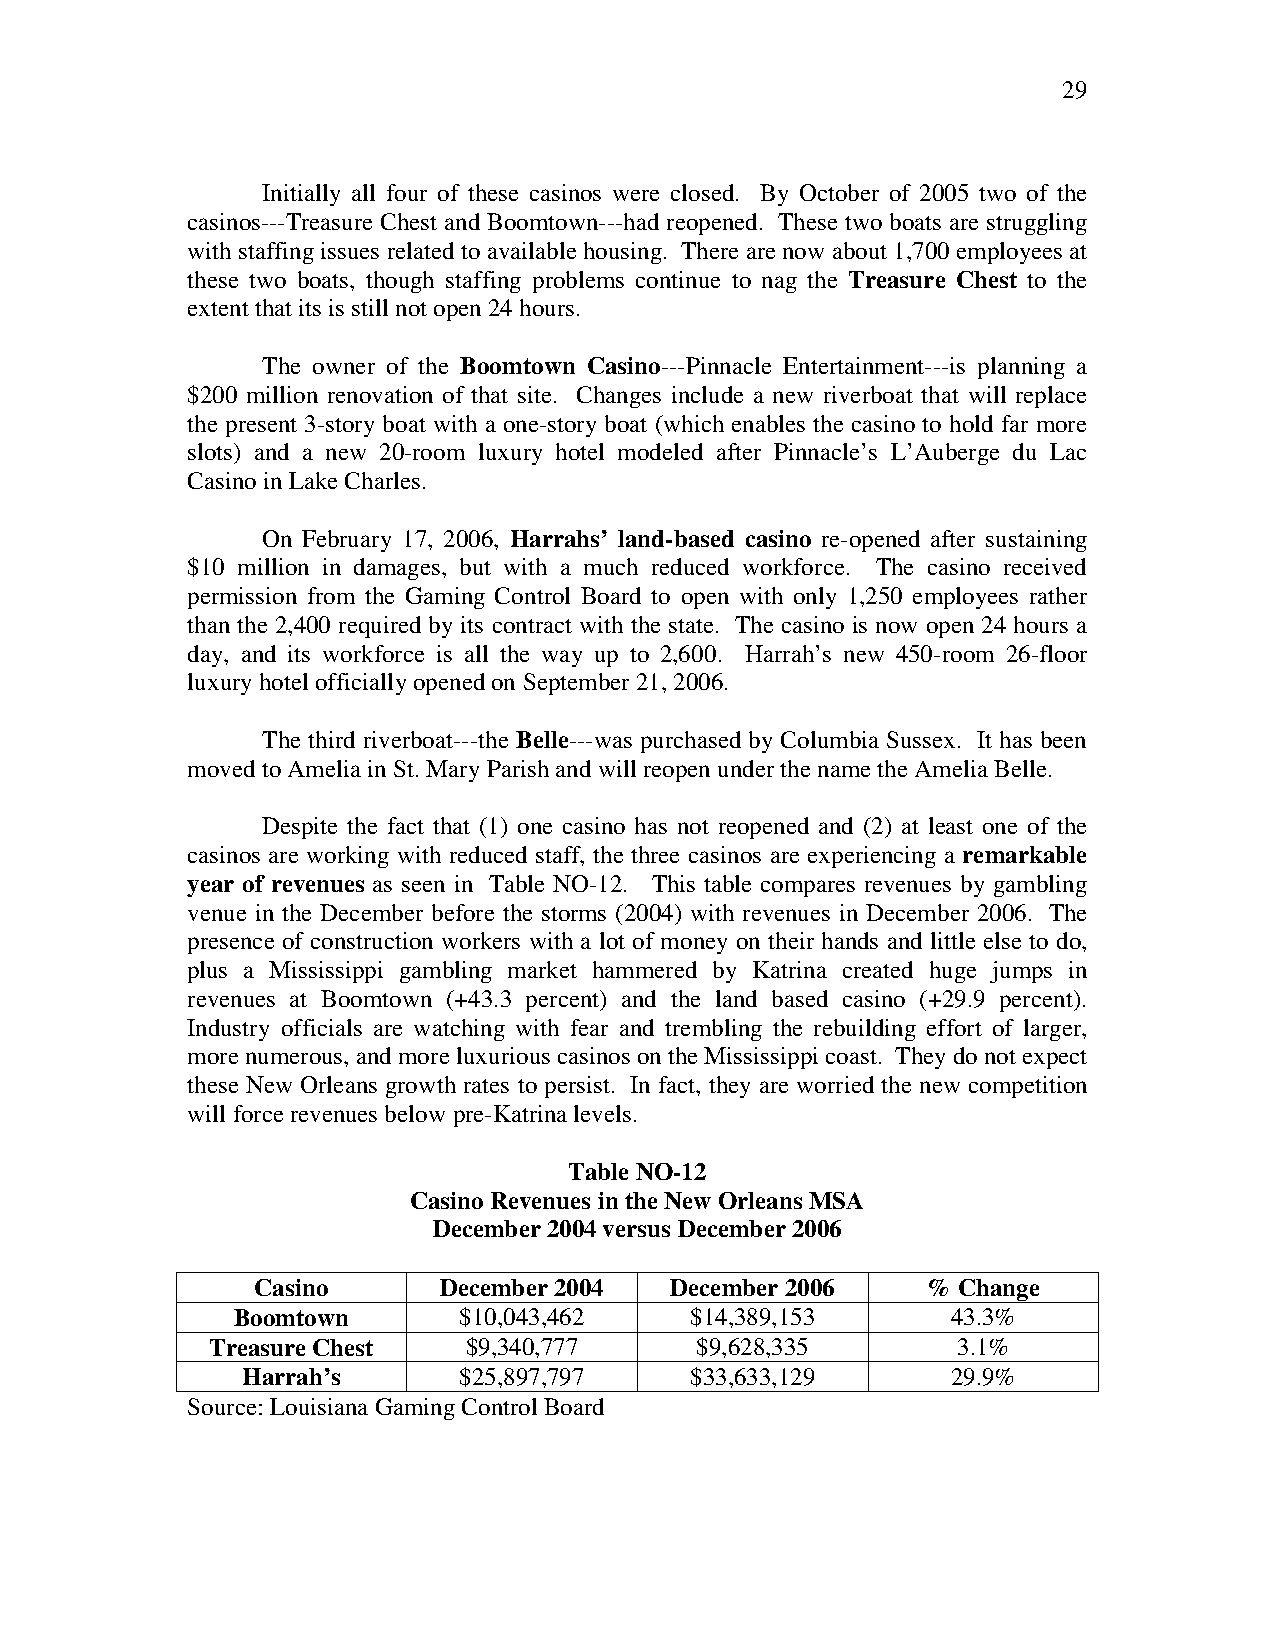
29
 Initially all four of these casinos were closed. By October of 2005 two of the
 casinos---Treasure Chest and Boomtown---had reopened. These two boats are struggling
 with staffing issues related to available housing. There are now about 1,700 employees at
 these two boats, though staffing problems continue to nag the Treasure Chest to the
 extent that its is still not open 24 hours.
 The owner of the Boomtown Casino---Pinnacle Entertainment---is planning a
 $200 million renovation of that site. Changes include a new riverboat that will replace
 the present 3-story boat with a one-story boat (which enables the casino to hold far more
 slots) and a new 20-room luxury hotel modeled after Pinnacle’s L’Auberge du Lac
 Casino in Lake Charles.
 On February 17, 2006, Harrahs’ land-based casino re-opened after sustaining
 $10 million in damages, but with a much reduced workforce. The casino received
 permission from the Gaming Control Board to open with only 1,250 employees rather
 than the 2,400 required by its contract with the state. The casino is now open 24 hours a
 day, and its workforce is all the way up to 2,600. Harrah’s new 450-room 26-floor
 luxury hotel officially opened on September 21, 2006.
 The third riverboat---the Belle---was purchased by Columbia Sussex. It has been
 moved to Amelia in St. Mary Parish and will reopen under the name the Amelia Belle.
 Despite the fact that (1) one casino has not reopened and (2) at least one of the
 casinos are working with reduced staff, the three casinos are experiencing a remarkable
 year of revenues as seen in Table NO-12. This table compares revenues by gambling
 venue in the December before the storms (2004) with revenues in December 2006. The
 presence of construction workers with a lot of money on their hands and little else to do,
 plus a Mississippi gambling market hammered by Katrina created huge jumps in
 revenues at Boomtown (+43.3 percent) and the land based casino (+29.9 percent).
 Industry officials are watching with fear and trembling the rebuilding effort of larger,
 more numerous, and more luxurious casinos on the Mississippi coast. They do not expect
 these New Orleans growth rates to persist. In fact, they are worried the new competition
 will force revenues below pre-Katrina levels.
 Table NO-12
 Casino Revenues in the New Orleans MSA
 December 2004 versus December 2006
 Casino      December 2004  December 2006    % Change
 Boomtown       $10,043,462     $14,389,153      43.3%
 Treasure Chest   $9,340,777     $9,628,335       3.1%
 Harrah’s      $25,897,797     $33,633,129      29.9%
 Source: Louisiana Gaming Control Board